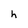
Character: h